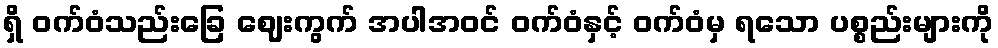
ရှိ ဝက်ဝံသည်းခြေ ဈေးကွက် အပါအဝင် ဝက်ဝံနှင့် ဝက်ဝံမှ ရသော ပစ္စည်းများကို